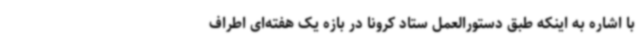
با اشاره به اینکه طبق دستورالعمل ستاد کرونا در بازه یک هفته‌ای اطراف